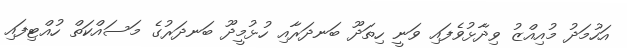
އަހުމަދު މުއިއްޒު ވިދާޅުވެފައި ވަނީ ހިތަދޫ ބަނދަރާއި ހުޅުމީދޫ ބަނދަރުގެ މަސައްކަތް ހުއްޓިފައި